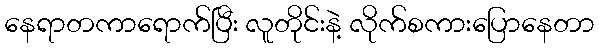
နေရာတကာရောက်ပြီး လူတိုင်းနဲ့ လိုက်စကားပြောနေတာ